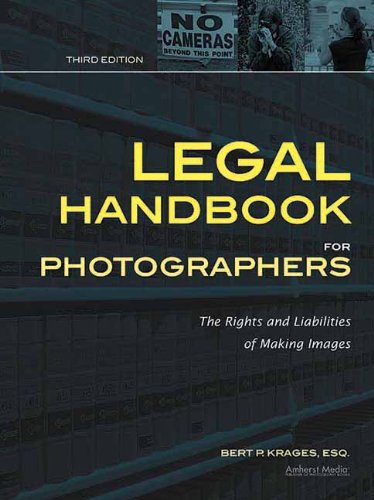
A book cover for Legal Handbook for Photographers: The Rights and Liabilities of Making Images (Legal Handbook for Photographers: The Rights & Liabilities of); Bert P Krages; Arts & Photography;